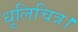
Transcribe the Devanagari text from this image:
धूलिचित्र।